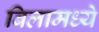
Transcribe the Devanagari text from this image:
बिलामध्ये